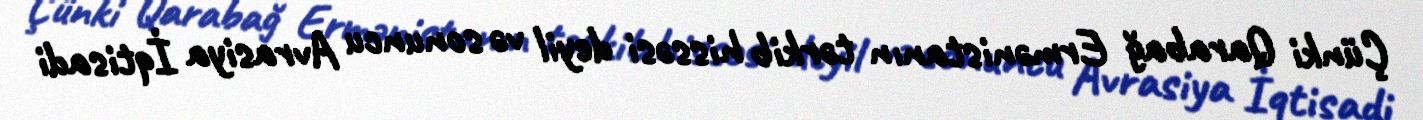
Çünki Qarabağ Ermənistanın tərkib hissəsi deyil və sonuncu Avrasiya İqtisadi